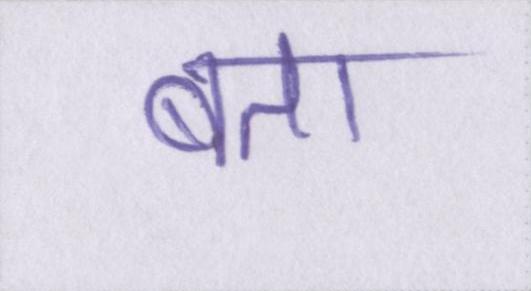
बता